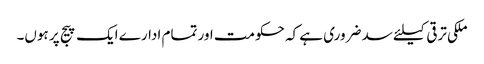
ملکی ترقی کیلئے سد ضروری ہے کہ حکومت اور تمام ادارے ایک پیج پر ہوں۔